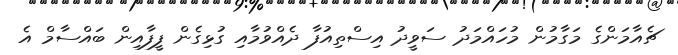
ޗެއާމަންގެ މަގާމުން މުހައްމަދު ސަވީދު އިސްތިއުފާ ދެއްވުމާއި ގުޅިގެން ފީފާއިން ބައްސާމް އެ